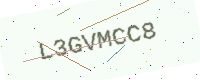
Text: L3GVMCC8